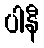
ပါနီ